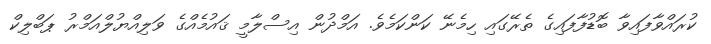
ކުރައްވާފައިވާ ބޮޑުފާފައިގެ ތެރޭގައި ހިމެނޭ ކަންކަމެވެ. އަމްދުން އިސްލާމީ ޤައުމެއްގެ ވަލިއްޔުލްއަމްރު ޕަބްލިކް